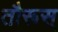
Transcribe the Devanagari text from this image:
तौरूस्